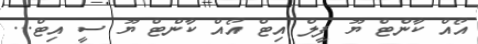
އޯއް ކާންޓް ޔޫ ފީލް އިޓް އޯއް ކާންޓް ޔޫ ސީ އިޓް...